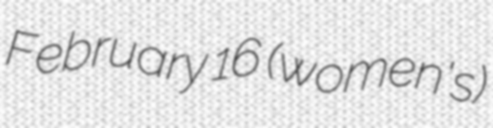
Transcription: February 16 (women's)